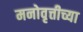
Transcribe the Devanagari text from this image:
मनोवृत्तीच्या